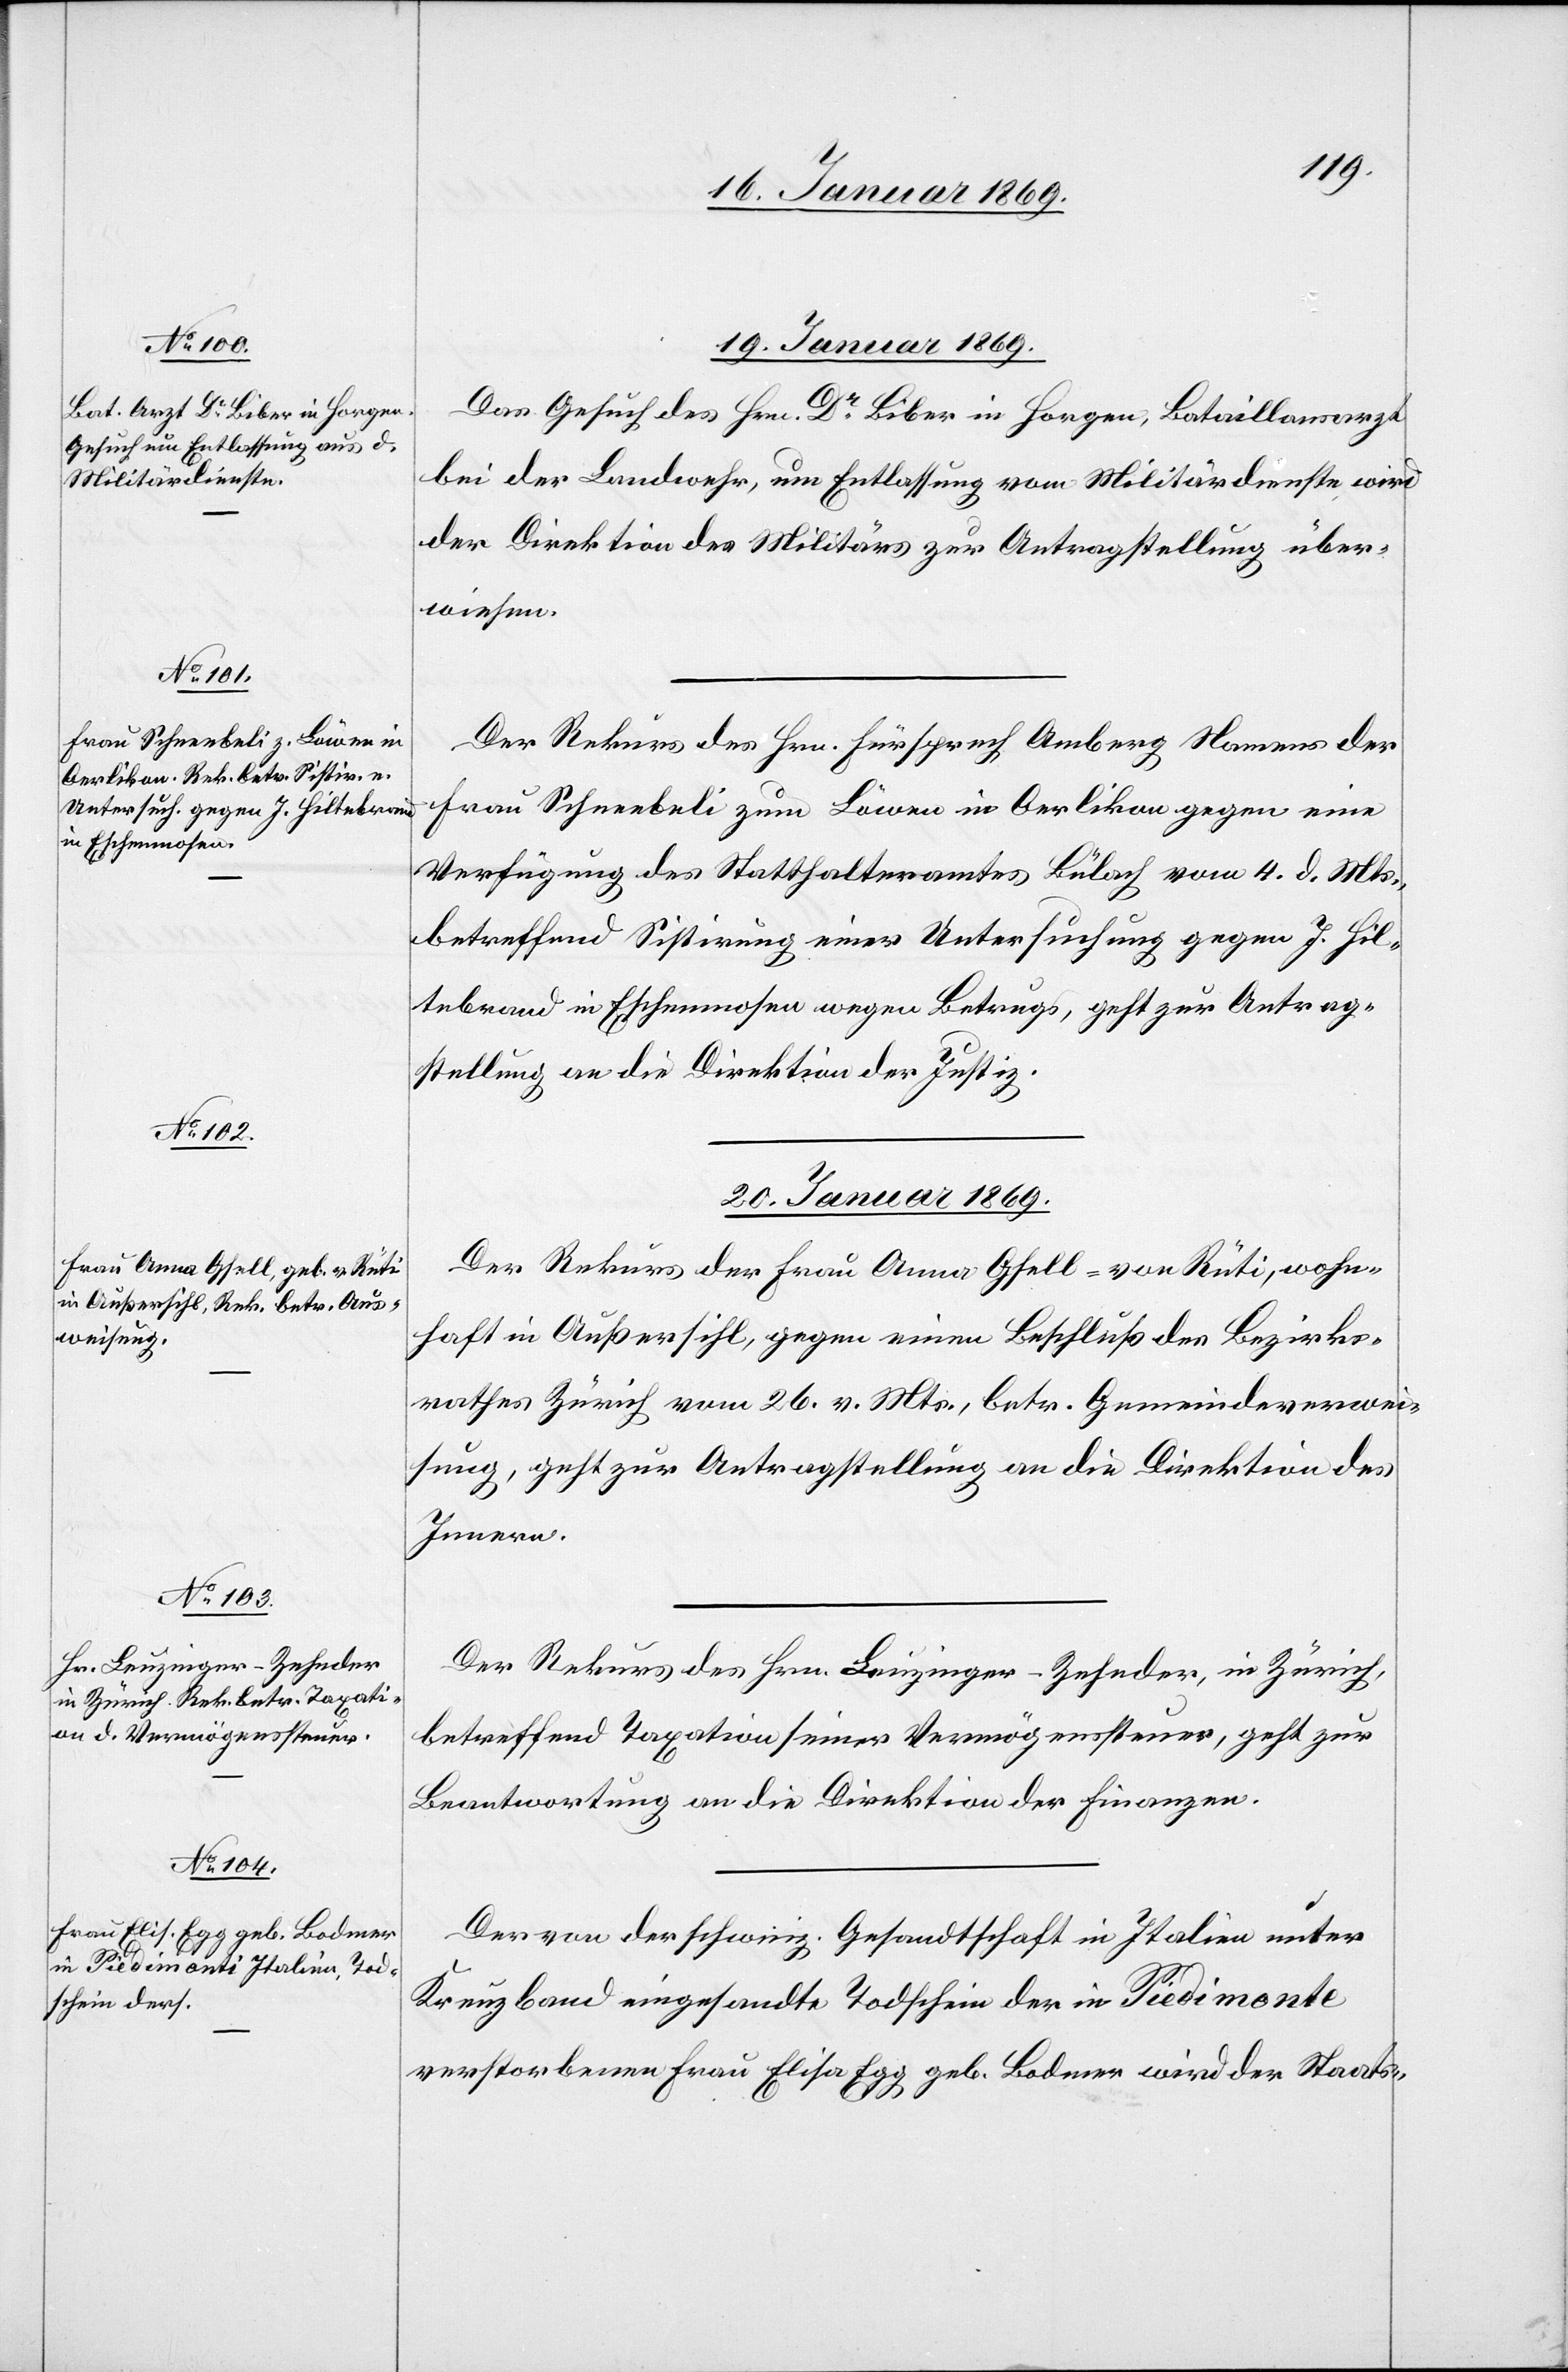
19. Januar 1869.]
Das Gesuch des Hrn. Dr Biber in Horgen, Bataillonsarzt
bei der Landwehr, um Entlassung vom Militärdienste wird
der Direktion des Militärs zur Antragstellung über¬
wiesen.
Der Rekurs des Hrn. Fürsprech Amberg Namens der
Frau Schneebeli zum Löwen in Oerlikon gegen eine
Verfügung des Statthalteramtes Bülach vom 4. d. Mts.,
betreffend Sistirung einer Untersuchung gegen J. Hil¬
tebrand in Eschenmosen wegen Betrugs, geht zur Antrag¬
stellung an die Direktion der Justiz.
20. Januar 1869.]
Der Rekurs der Frau Anna Gfell-von Rüti, wohn¬
haft in Außersihl, gegen einen Beschluß des Bezirks¬
rathes Zürich vom 26. v. Mts., betr. Gemeindeverwei¬
sung, geht zur Antragstellung an die Direktion des
Innern.
Der Rekurs des Hrn. Leuzinger-Zehnder, in Zürich,
betreffend Taxation seiner Vermögenssteuer, geht zur
Beantwortung an die Direktion der Finanzen.
Der von der schweiz. Gesandtschaft in Italien unter
Kreuzband eingesandte Todschein der in Piedimonte
verstorbenen Frau Elisa Egg geb. Bodmer wird der Staats-